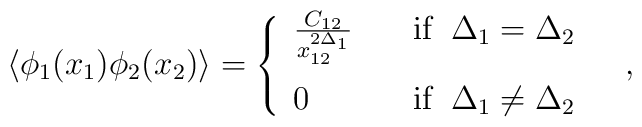
\langle\phi_{1}(x_{1})\phi_{2}(x_{2})\rangle=\left\{\begin{array}{ll}\frac{C_{12}}{x_{12}^{2\Delta_{1}}} &\quad  \textrm{if}\;\;\Delta_{1}=\Delta_{2} \medskip \\0 & \quad \textrm{if}\;\;\Delta_{1}\neq\Delta_{2}\,\,\, \end{array}\right. \,\, ,